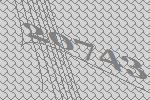
20743